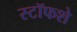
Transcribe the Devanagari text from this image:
स्टॉफशे